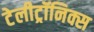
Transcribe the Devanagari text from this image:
टेलीट्रॉनिक्स